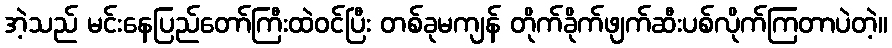
အဲ့သည် မင်းနေပြည်တော်ကြီးထဲဝင်ပြီး တစ်ခုမကျန် တိုက်ခိုက်ဖျက်ဆီးပစ်လိုက်ကြတာပဲတဲ့။